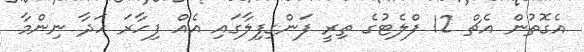
އެގޮތުން އެޗް 12 ފްލެޓުގެ ތިރީ ފަންގިފިލާގައި އެއް ފިހާރަ ހަދާ ނިންމާ